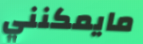
مايمكنني